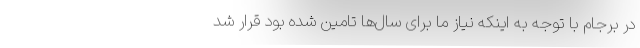
در برجام با توجه به اینکه نیاز ما برای سال‌ها تامین شده بود قرار شد